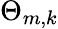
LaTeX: \Theta_{m,k}